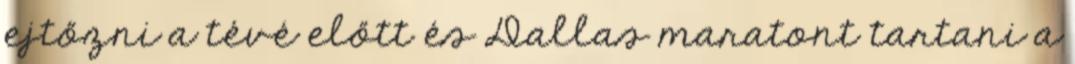
ejtőzni a tévé előtt és Dallas maratont tartani a